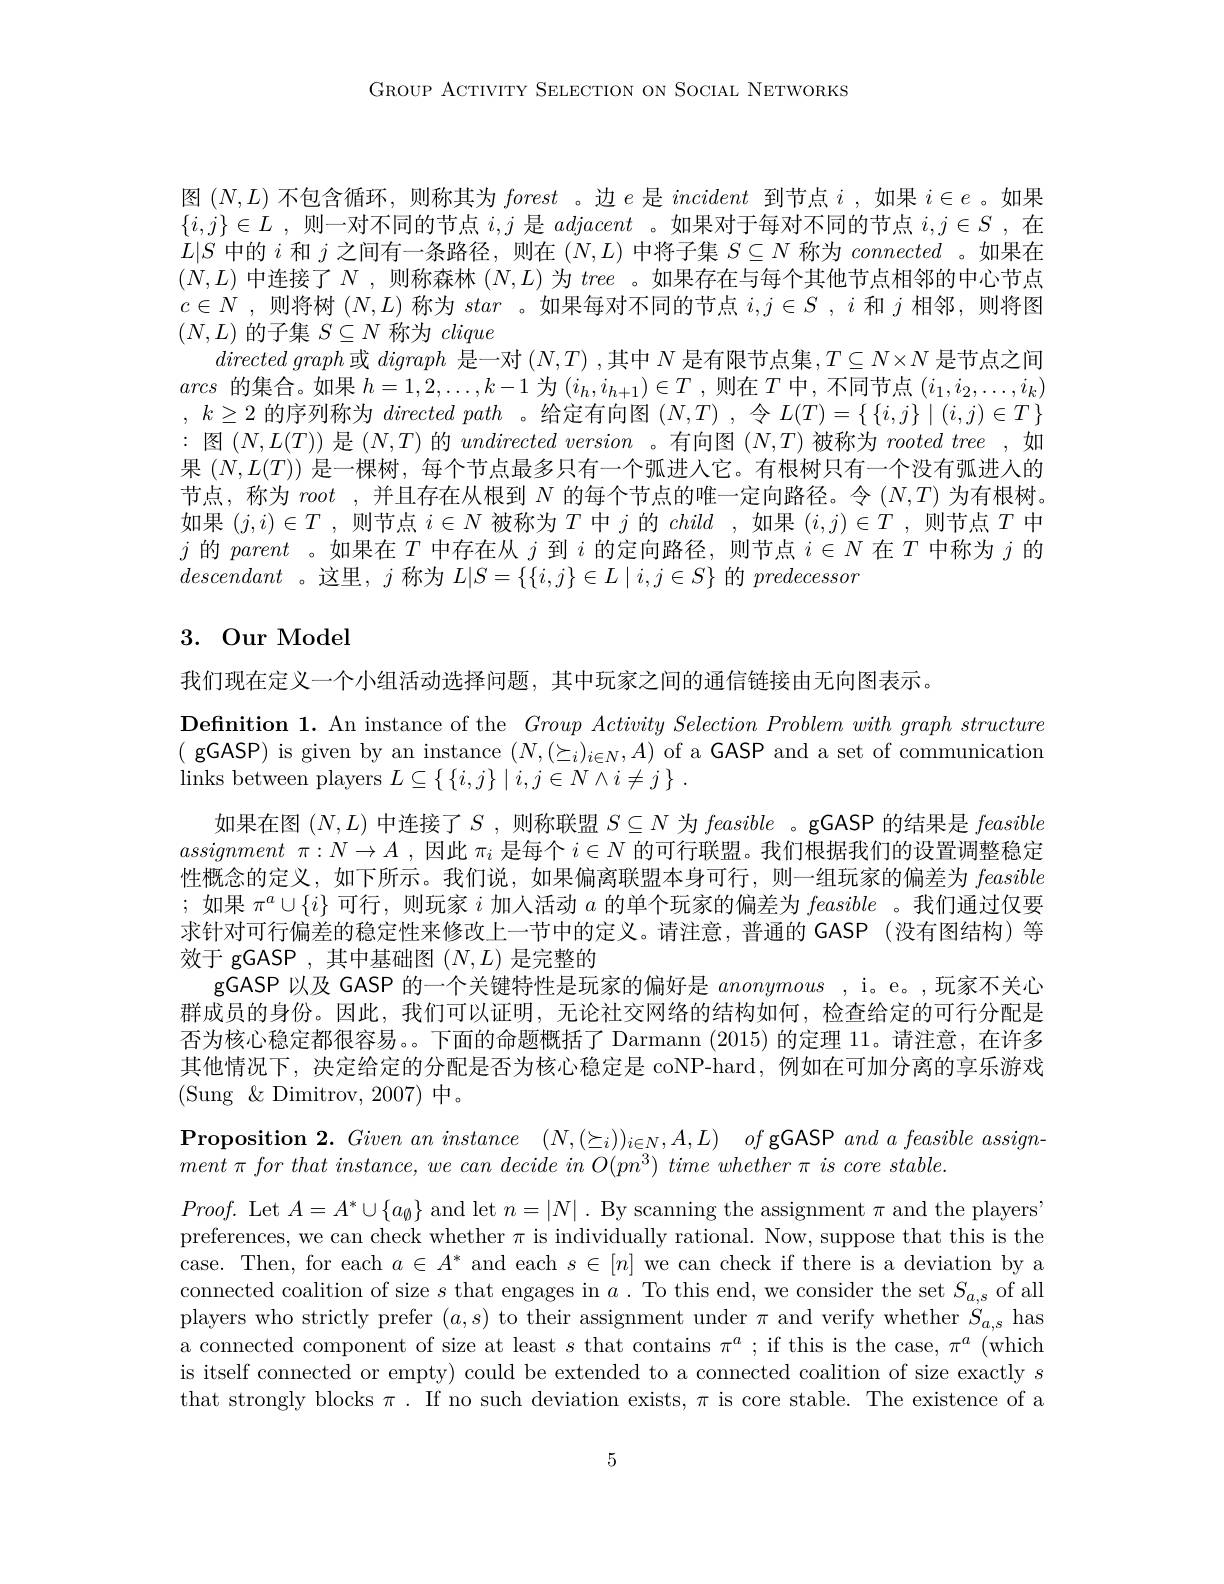
GROUP ACTIVITY SELECTION ON SOCIAL NETWORKS

图$(N,L)$不包含循环，则称其为forest 。边$e$是incident到节点$i$ ,如果$i\in e$ 。如果$\{ i, j\} \in L$ ,则一对不同的节点$i,j$是adjacent 。如果对于每对不同的节点$i,j\in S$ ,在$L|S$中的$i$和$j$之间有一条路径，则在$(N,L)$中将子集$S\subseteq N$称为connected 。如果在$(N,L)$中连接了$N$ , 则称森林$(N,L)$为tree 。如果存在与每个其他节点相邻的中心节点$c\in N$ ,则将树$(N,L)$称为star 。如果每对不同的节点$i,j\in S$ ,$i$和$j$相邻，则将图$(N,L)$的子集$S\subseteq N$称为clique
$directed\textit{ graph 或 }digraph$是一对$(N,T)$ ,其中$N$是有限节点集$,T\subseteq N\times N$是节点之间arcs的集合。如果$h=1,2,\ldots,k-1$为$(i_h,i_{h+1})\in T$ ,则在$T$中，不同节点$(i_1,i_2,\ldots,i_k)$ , $k\geq 2$的序列称为directed path 。给定有向图$(N,T)$ ,令$L(T)=\{\{i,j\}\mid(i,j)\in T\}$ : 图$(N,L(T))$是$(N,T)$的$undirected\textit{ version 。有 向 图 }( N, T)$被称为$rooted\textit{ tree , 如 }$ 果$(N,L(T))$是一棵树，每个节点最多只有一个弧进入它。有根树只有一个没有弧进人的节点，称为root ,并且存在从根到$N$的每个节点的唯一定向路径。令$(N,T)$为有根树。如果$(j,i)\in T$ ,则节点$i\in N$被称为$T$中$j$的child ,如果$(i,j)\in T$ ,则节点$T$中$j$的parent 。如果在$T$中存在从$j$到$i$的定向路径，则节点$i\in N$在$T$中称为$j$的descendant 。这里，$j$称为$L|S=\{\{i,j\}\in L\mid i,j\in S\}$的predecessor

## 3. Our Model

我们现在定义一个小组活动选择问题，其中玩家之间的通信链接由无向图表示。
Definition 1. An instance of the $Group\textit{ Activity Selection Problem with graph structure}$ ( gGASP) is given by an instance $(N,(\succeq_i)_{i\in N},A)$ of a GASP and a set of communication links between players $L\subseteq \{ \{ i, j\} \mid i, j\in N\land i\neq j\}$ .
如果在图$(N,L)$中连接了$S$ ,则称联盟$S\subseteq N$为feasible 。gGASP 的结果是feasible assignment $\pi : N\to A$ ,因此$\pi_i$是每个$i\in N$的可行联盟。我们根据我们的设置调整稳定性概念的定义，如下所示。我们说，如果偏离联盟本身可行，则一组玩家的偏差为feasible ;如果$\pi^a\cup\{i\}$可行，则玩家$i$加入活动$a$的单个玩家的偏差为feasible 。我们通过仅要求针对可行偏差的稳定性来修改上一节中的定义。请注意，普通的 GASP (没有图结构)等效于 gGASP ,其中基础图$(N,L)$是完整的
gGASP 以及 GASP 的一个关键特性是玩家的偏好是anonymous , i。e。,玩家不关心群成员的身份。因此，我们可以证明，无论社交网络的结构如何，检查给定的可行分配是否为核心稳定都很容易。。下面的命题概括了 Darmann (2015)的定理 11。请注意，在许多其他情况下，决定给定的分配是否为核心稳定是 coNP-hard, 例如在可加分离的享乐游戏(Sung$\&$Dimitrov,2007)中。
$\textbf{Proposition 2. Given an instance}$ $( N, ( \succeq _{i}) ) _{i\in N}, A, L)$ $of$ gGASP and a feasible assign-
ment $\pi$ for that $instance$, $we$ can decide $in$ $O( pn^{3})$ time whether $\pi$ $is$ core $stable.$
$Proof.$ Let $A=A^*\cup\{a_{\emptyset}\}$ and let $n=|N|.$ By scanning the assignment $\pi$ and the players' preferences, we can check whether $\pi$ is individually rational. Now, suppose that this is the case. Then, for each $a\in A^*$ and each $s\in[n]$ we can check if there is a deviation by a connected coalition of size $s$ that engages in $a.$ To this end, we consider the set $S_a,s$ of all players who strictly prefer $(a,s)$ to their assignment under $\pi$ and verify whether $S_a,s$ has a connected component of size at least $s$ that contains $\pi^a;$ if this is the case, $\pi^a$ (which is itself connected or empty) could be extended to a connected coalition of size exactly $s$ that strongly blocks $\pi.$ If no such deviation exists, $\pi$ is core stable. The existence of a

5